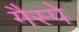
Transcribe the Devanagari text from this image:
गैस्पे